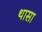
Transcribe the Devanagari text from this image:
थासा